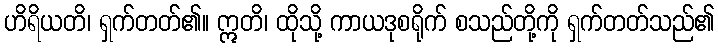
ဟိရိယတိ၊ ရှက်တတ်၏။ ဣတိ၊ ထိုသို့ ကာယဒုစရိုက် စသည်တို့ကို ရှက်တတ်သည်၏